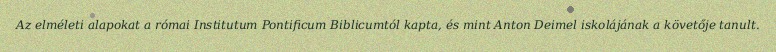
Az elméleti alapokat a római Institutum Pontificum Biblicumtól kapta, és mint Anton Deimel iskolájának a követője tanult.